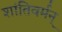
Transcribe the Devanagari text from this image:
शांतिवर्मन्